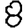
Digit: 8